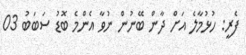
ފެރީ: ހުޅުމާލެ އަށް ދާން ބޭނުން ނުވާ އެންމެ ބޮޑު ސަބަބު 03